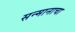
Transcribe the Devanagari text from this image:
सन्मानाचा